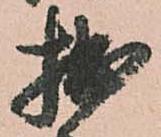
拙